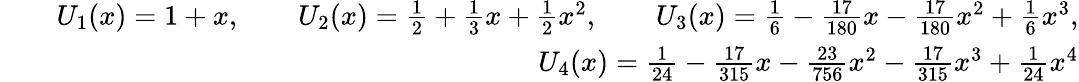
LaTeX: \begin{array}{rlr}&{}&{U_{1}(x)=1+x,\qquad U_{2}(x)=\frac{1}{2}+\frac{1}{3}x+\frac{1}{2}x^{2},\qquad U_{3}(x)=\frac{1}{6}-\frac{17}{180}x-\frac{17}{180}x^{2}+\frac{1}{6}x^{3},}\\ &{}&{U_{4}(x)=\frac{1}{24}-\frac{17}{315}x-\frac{23}{756}x^{2}-\frac{17}{315}x^{3}+\frac{1}{24}x^{4}}\end{array}